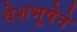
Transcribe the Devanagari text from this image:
वेशभूषेने